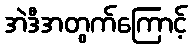
အဲဒီအတွက်ကြောင့်